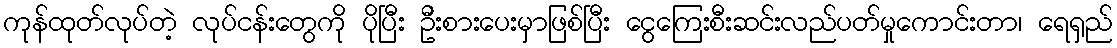
ကုန်ထုတ်လုပ်တဲ့ လုပ်ငန်းတွေကို ပိုပြီး ဦးစားပေးမှာဖြစ်ပြီး ငွေကြေးစီးဆင်းလည်ပတ်မှုကောင်းတာ၊ ရေရှည်